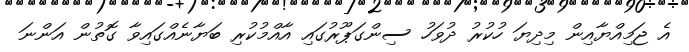
އެ ޖަމިއްޔާއިން މިދިޔަ ހުކުރު ދުވަހު ސިންގަޕޫރުގައި އާއްމުކުރި ބަޔާނެއްގައިވާ ގޮތުން އަންނަ